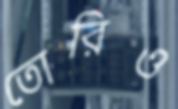
তোরিও